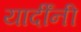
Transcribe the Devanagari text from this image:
यार्दींनी